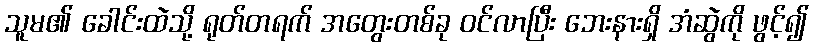
သူမ၏ ခေါင်းထဲသို့ ရုတ်တရက် အတွေးတစ်ခု ဝင်လာပြီး ဘေးနားရှိ အံဆွဲကို ဖွင့်၍